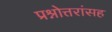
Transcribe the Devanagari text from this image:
प्रश्नोत्तरांसह